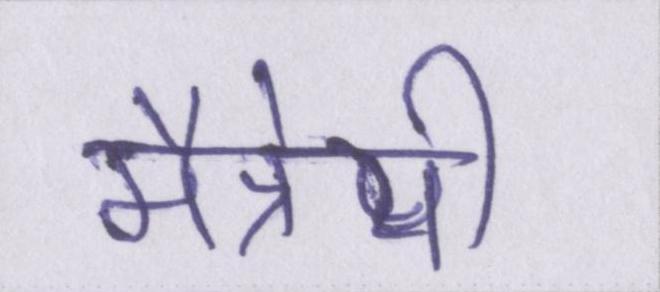
मैत्रेयी